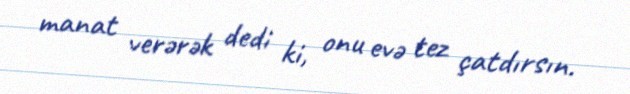
manat verərək dedi ki, onu evə tez çatdırsın.